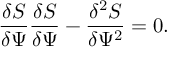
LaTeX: \frac { \delta S } { \delta \Psi } \frac { \delta S } { \delta \Psi } - \frac { \delta ^ { 2 } S } { \delta \Psi ^ { 2 } } = 0 .